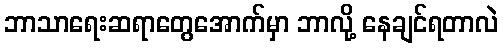
ဘာသာရေးဆရာတွေအောက်မှာ ဘာလို့ နေချင်ရတာလဲ